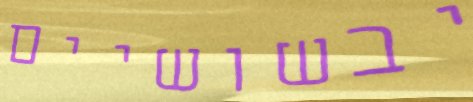
יבשושיים